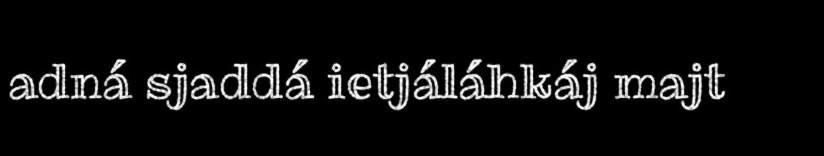
adná sjaddá ietjáláhkáj majt